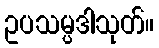
ဥပသမ္ပဒါသုတ်။